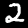
Digit: 2